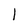
Character: l